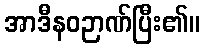
အာဒီနဝဉာဏ်ပြီး၏။